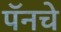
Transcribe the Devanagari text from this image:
पॅनचे